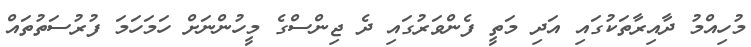
މުހިއްމު ދާއިރާތަކުގައި އަދި މަތީ ފެންވަރުގައި ދެ ޖިންސްގެ މީހުންނަށް ހަމަހަމަ ފުރުސަތުތައް